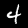
Label: 4